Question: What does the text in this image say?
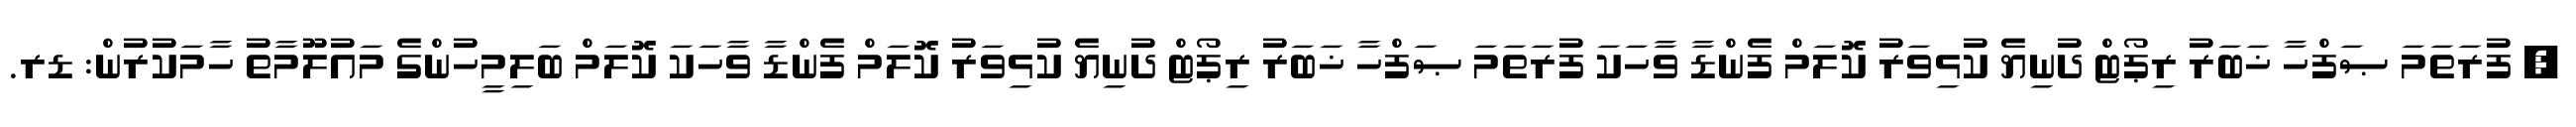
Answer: , ފުރަތަމަ ޞަފްހާ ޚަބަރު ރިޕޯޓް ދުނިޔެ ކުޅިވަރު ކޮލަމް ފެންޑާ ވާހަކަ ފުރަތަމަ ޞަފްހާ ޚަބަރު ރިޕޯޓް ދުނިޔެ ކުޅިވަރު ކޮލަމް ފެންޑާ ވާހަކަ ކޮލަމް ބަލިމީހުންގެ މައުލޫމާތު ހާމަކުރުން: ޑރ.